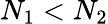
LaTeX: N_{1}<N_{2}